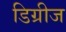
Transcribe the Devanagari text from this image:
डिग्रीज